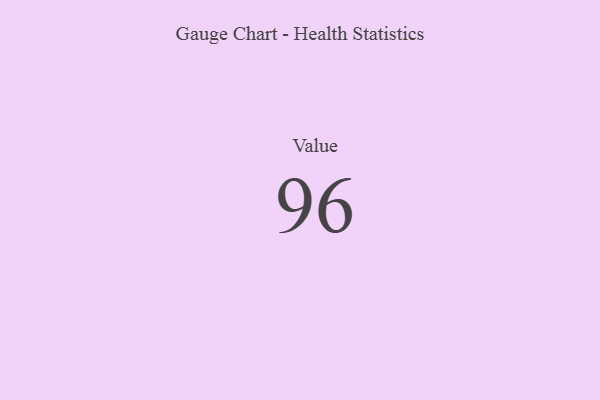
{"axis": {"x": "Metric", "y": "Value"}, "legend": [""], "data": [{"x": "Value", "y": 96, "type": ""}]}